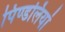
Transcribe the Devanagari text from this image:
पिण्डलियां